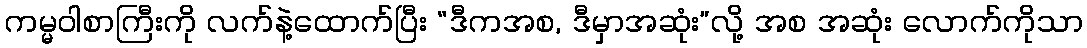
ကမ္မဝါစာကြီးကို လက်နဲ့ထောက်ပြီး “ဒီကအစ, ဒီမှာအဆုံး”လို့ အစ အဆုံး လောက်ကိုသာ